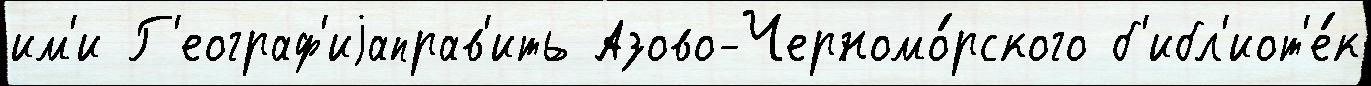
им'и Г'еограф'иjаправ'ить Азово-Черномо́рского б'ибл'иот'е́к